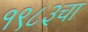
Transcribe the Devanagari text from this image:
१९८३चा